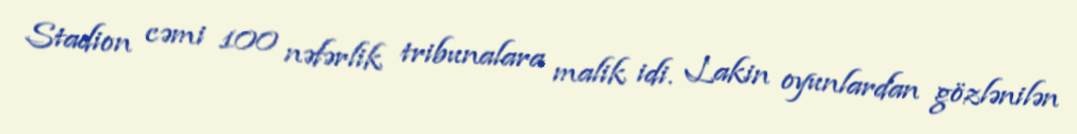
Stadion cəmi 100 nəfərlik tribunalara malik idi. Lakin oyunlardan gözlənilən